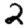
Digit: 2